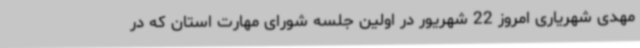
مهدی شهریاری امروز 22 شهریور در اولین جلسه شورای مهارت استان که در